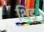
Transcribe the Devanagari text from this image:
थिंड